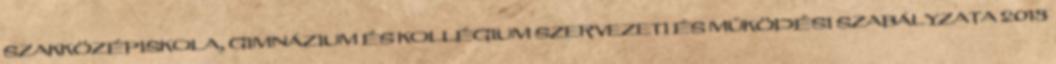
SZAKKÖZÉPISKOLA, GIMNÁZIUM ÉS KOLLÉGIUM SZERVEZETI ÉS MŰKÖDÉSI SZABÁLYZATA 2013